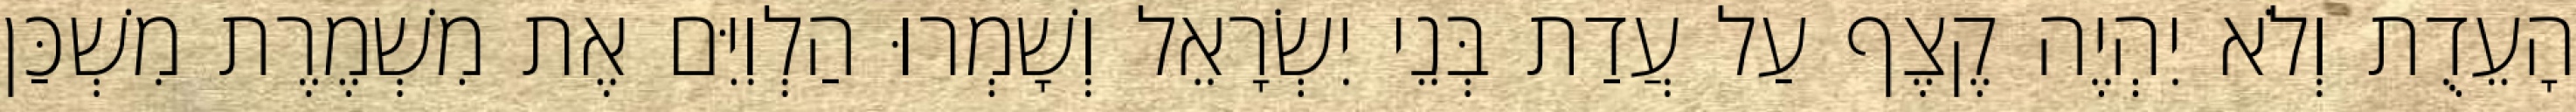
הָעֵדֻת וְלֹא יִהְיֶה קֶצֶף עַל עֲדַת בְּנֵי יִשְׂרָאֵל וְשָׁמְרוּ הַלְוִיִּם אֶת מִשְׁמֶרֶת מִשְׁכַּן